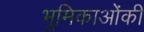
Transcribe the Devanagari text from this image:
भूमिकाओंकी